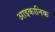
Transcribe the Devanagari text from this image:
आइकानिक